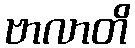
ဗာလာတိ